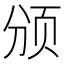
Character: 颁